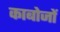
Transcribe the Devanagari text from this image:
काबोजों